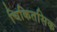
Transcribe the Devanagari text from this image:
चिकितसिक